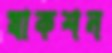
যাকশন